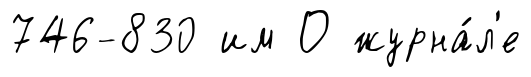
746-830 им О журна́л'е